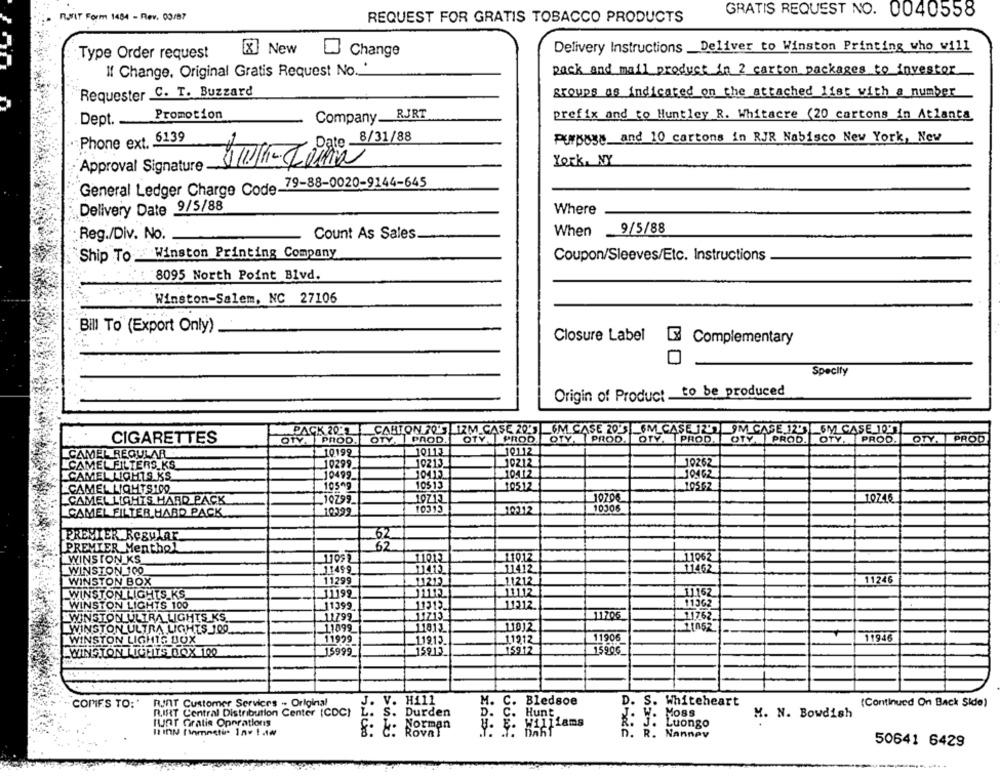
GRATIS REQUEST NO. 0040558
RUNIT Form 1484 - Rev. 00/87
REQUEST FOR GRATIS TOBACCO PRODUCTS
Type Order request
[X] New
Change
Delivery Instructions _Deliver to Winston Printing who will
If Change. Original Gratis Request No.
pack and mail product in 2 carton packages to investor
Requester C. T. Buzzard
groups as indicated on the attached list with a number
Promotion
RJRT
prefix and to Huntley R. Whitacre (20 cartons in Atlanta
Dept ...
Company __
Phone ext. 6139
Purbags, and 10 cartons in RJR Nabisco New York, New
York, NY
Approval Signature
General Ledger Charge Code 79-88-0020-9144-645
Delivery Date 9/5/88
Where
When
9/5/88
Reg./Div. No.
Count As Sales
Ship To Winston Printing Company
Coupon/Sleeves/Etc. Instructions
8095 North Point Blvd.
Winston-Salem, NC 27106
Bill To (Export Only)
Closure Label
Complementary
Specify
Origin of Product to be produced
PACK 2011 CARTON 20'S IZM CASE 20' 6M CASE 205 6M CASE 27 9M CASE 125 6M CASE TO!
CIGARETTES
OTY. PROD.
OTY, PROD.
OTY PROD
OTY. PROD. OTY. PROD. OTY PROD. OTY. PROD.
OTY. PROD
10112
30112
CAMEL REGULAR
10.199
CAMELFILTERS_KS
10299
10213.
10212
10262
10499
10413
10412
10462
CAMEL LIGHTS KS
CAMEL LIGHTS100
10509
10513
10512
10562
10706
10746
CAMEL LIGHTS HARD PACK
19799
CAMEL FILTER HARD PACK
10399
10315
10212
10306
PREMIER RESULAr
PREMIER Menthol
WINSTON KS
11012
11017
11062
11462
WINSTON 100
J1499
11412
WINSTON BOX
11299
1212
11212
11246
WINSTON LIGHTS KS
11192
11112
11.162
WINSTON LIGHTS 100
11399
11312
11362
WINSTON ULTRA LIGHTS KS.
11799
11706
11762
WINSTON ULTRA LIGHTS 100
11899
11012
11946
WINSTON LIGHTS BOX
11939
11913.
1.1212
11906
WINGTON LICHYS BOX 100
15999_
15912
15912
15906_
COPIES TO:"
R.InT Customer Services -- Original
V. Hill
Bledsoe
D.
S. Whiteheart
(Continued On Back Side)
R.IRT Central Distribution Center (CDC)
S. Durden
S.
D.
c :
Hunt
J. W. MOSS
M. N. Bowdish
tunt Gratis Operations
Norman
Luongo
Roval
n. R. Nannev
50641 6429